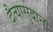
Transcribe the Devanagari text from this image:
दैत्‍यासुदाना